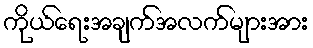
ကိုယ်ရေးအချက်အလက်များအား